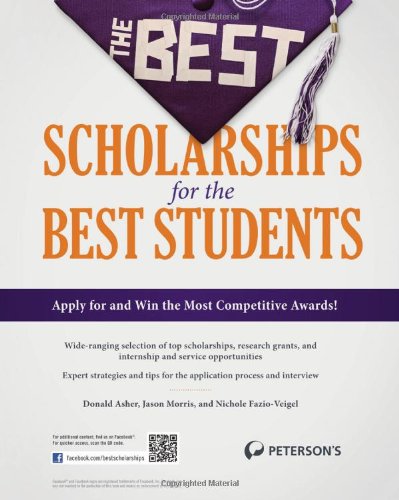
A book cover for The Best Scholarships for the Best Students (Peterson's Best Scholarships for the Best Students); Jason Morris; Education & Teaching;